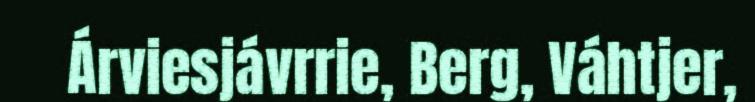
Árviesjávrrie, Berg, Váhtjer,